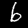
Digit: 6